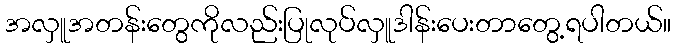
အလှူအတန်းတွေကိုလည်းပြုလုပ်လှူဒါန်းပေးတာတွေ့ရပါတယ်။